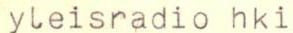
yleisradio hki